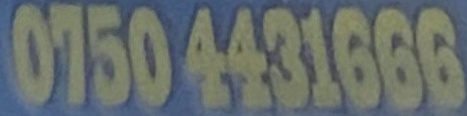
0750 4431666